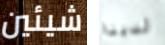
شيئين لدينا